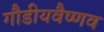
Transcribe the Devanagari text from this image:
गौडीयवैष्णव